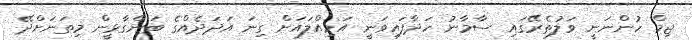
ޖިމް ހުންނަނީ ވަލުތެރޭގައި ސާމާނު ހަދާފައިވަނީ އަމިއްލައަށް ގިނަ އަދަދެއްގެ ބަންގާޅީން މިތަަނަށްދޭ